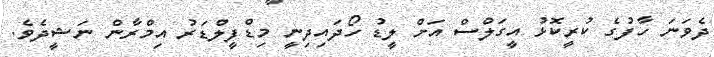
ދެވަނަ ހާފުގެ ކުރީކޮޅު އީގަލްސް އަށް ލީޑު ހޯދައިދިނީ މިޑްފީލްޑަރު އިމްރާން ނަޝީދެވެ.